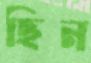
ছিন